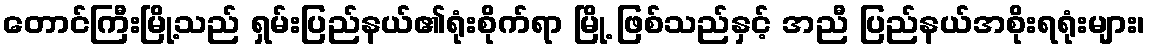
တောင်ကြီးမြို့သည် ရှမ်းပြည်နယ်၏ရုံးစိုက်ရာ မြို့ ဖြစ်သည်နှင့် အညီ ပြည်နယ်အစိုးရရုံးများ၊